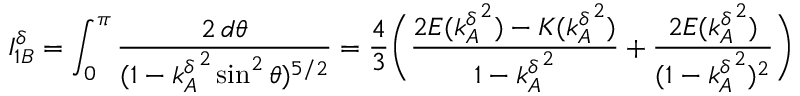
I _ { 1 B } ^ { \delta } = \int _ { 0 } ^ { \pi } \frac { 2 \, d \theta } { ( 1 - { k _ { A } ^ { \delta } } ^ { 2 } \sin ^ { 2 } \theta ) ^ { 5 / 2 } } = \frac { 4 } { 3 } \Bigg ( \frac { 2 E ( { k _ { A } ^ { \delta } } ^ { 2 } ) - K ( { k _ { A } ^ { \delta } } ^ { 2 } ) } { 1 - { k _ { A } ^ { \delta } } ^ { 2 } } + \frac { 2 E ( { k _ { A } ^ { \delta } } ^ { 2 } ) } { ( 1 - { k _ { A } ^ { \delta } } ^ { 2 } ) ^ { 2 } } \Bigg )